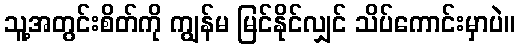
သူ့အတွင်းစိတ်ကို ကျွန်မ မြင်နိုင်လျှင် သိပ်ကောင်းမှာပဲ။